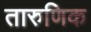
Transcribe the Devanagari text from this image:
तारुणिक